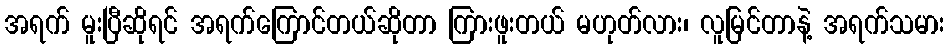
အရက် မူးပြီဆိုရင် အရက်ကြောင်တယ်ဆိုတာ ကြားဖူးတယ် မဟုတ်လား၊ လူမြင်တာနဲ့ အရက်သမား